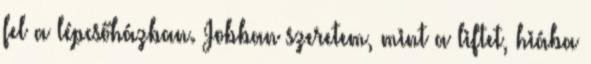
fel a lépcsőházban. Jobban szeretem, mint a liftet, hiába